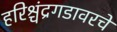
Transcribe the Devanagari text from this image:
हरिश्चंद्रगडावरचे